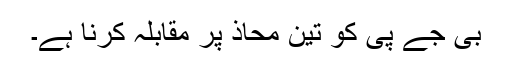
بی جے پی کو تین محاذ پر مقابلہ کرنا ہے۔